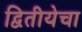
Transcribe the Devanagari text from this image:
द्वितीयेचा